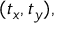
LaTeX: ( t _ { x } , t _ { y } ) ,